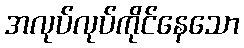
အလုပ်လုပ်ကိုင်နေသော